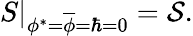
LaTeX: \left.S\right|_{\phi^{\ast}=\overline{{{\phi}}}=\hbar=0}={\cal S}.